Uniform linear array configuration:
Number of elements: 8
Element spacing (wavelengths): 0.5
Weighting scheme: kaiser
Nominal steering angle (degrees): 60
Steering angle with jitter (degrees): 60.424
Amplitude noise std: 0.05
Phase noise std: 0.05

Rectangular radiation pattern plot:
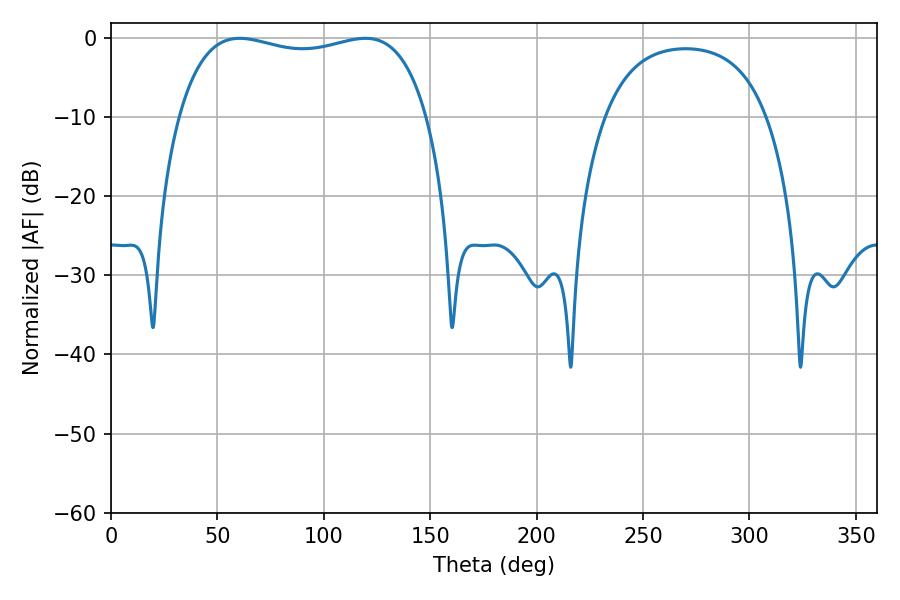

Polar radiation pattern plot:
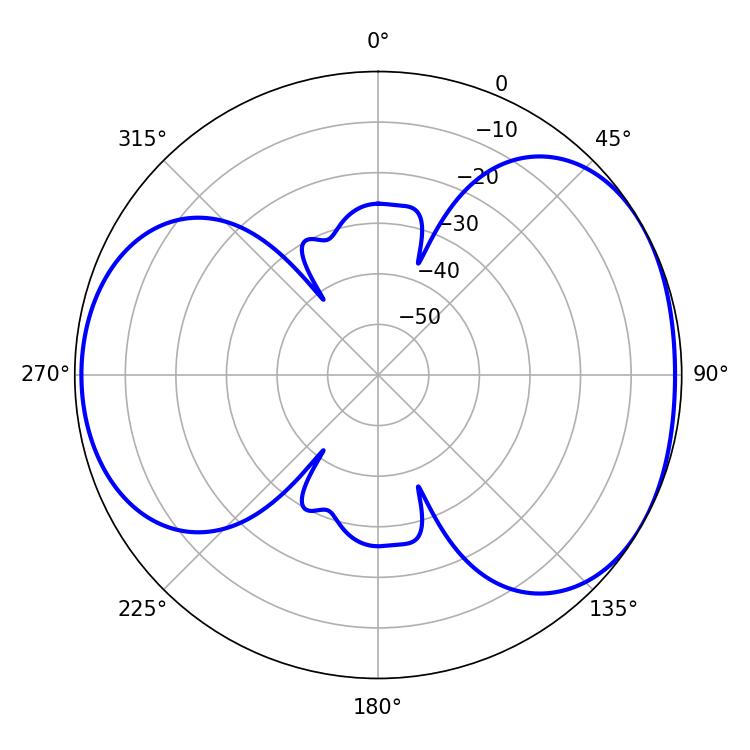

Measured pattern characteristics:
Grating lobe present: FALSE
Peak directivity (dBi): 4.638
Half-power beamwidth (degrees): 95.04
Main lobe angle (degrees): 60.48